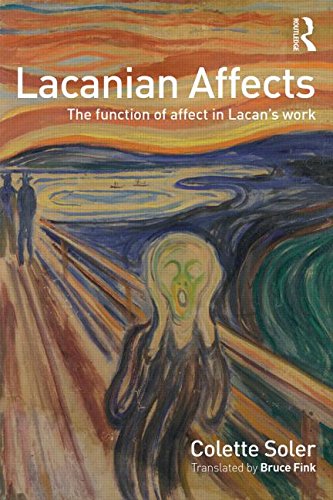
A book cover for Lacanian Affects: The function of affect in Lacan's work; Colette Soler; Medical Books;